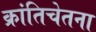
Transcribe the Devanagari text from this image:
क्रांतिचेतना